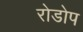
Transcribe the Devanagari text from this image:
रोडोप